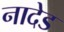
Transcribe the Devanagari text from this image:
नादेड